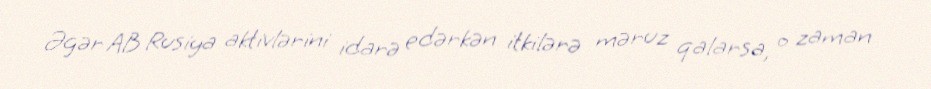
Əgər AB Rusiya aktivlərini idarə edərkən itkilərə məruz qalarsa, o zaman